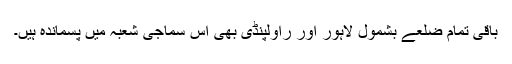
باقی تمام ضلعے بشمول لاہور اور راولپنڈی بھی اس سماجی شعبہ میں پسماندہ ہیں۔